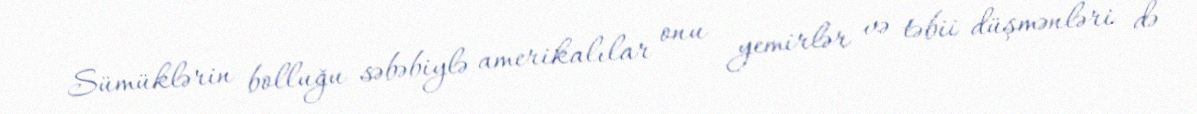
Sümüklərin bolluğu səbəbiylə amerikalılar onu yemirlər və təbii düşmənləri də